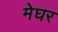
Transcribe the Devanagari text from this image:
मेघर